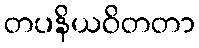
တပနိယဝိတတာ